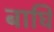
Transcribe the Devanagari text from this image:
बाघि